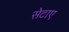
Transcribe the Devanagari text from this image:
सेटाए